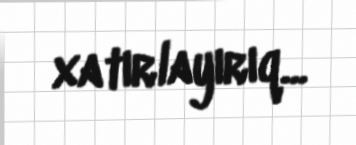
xatırlayırıq...